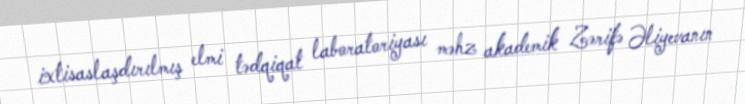
ixtisaslaşdırılmış elmi tədqiqat laboratoriyası məhz akademik Zərifə Əliyevanın